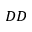
_ { D D }